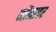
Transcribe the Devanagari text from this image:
मोंनावर